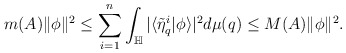
\begin{align*}m(A)\|\phi\|^2\leq\sum_{i=1}^{n}\int_{\mathbb{H}}|\langle\tilde{\eta}_{q}^i|\phi\rangle|^2 d\mu(q)\leq M(A)\|\phi\|^2.\end{align*}